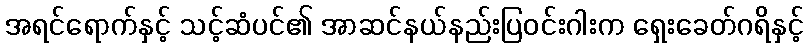
အရင်ရောက်နှင့် သင့်ဆံပင်၏ အာဆင်နယ်နည်းပြဝင်းဂါးက ရှေးခေတ်ဂရိနှင့်